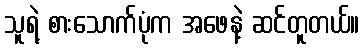
သူရဲ့ စားသောက်ပုံက အဖေနဲ့ ဆင်တူတယ်။